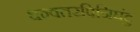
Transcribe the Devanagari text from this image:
धन्वतरपिनिघंटु